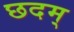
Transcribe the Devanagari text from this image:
छदम्